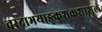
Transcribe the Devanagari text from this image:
वरदाभयाङ्कुशकशाशूलं